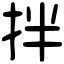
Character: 拌